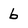
Character: b